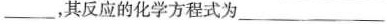
___，其反应的化学方程式为___